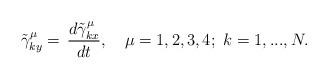
LaTeX: \begin{align*} \tilde{\gamma}^\mu_{ky} =\,\frac{d \tilde{\gamma}^\mu_{kx}}{d t},\quad\mu=1,2,3,4;\,\,k=1,...,N. \end{align*}